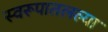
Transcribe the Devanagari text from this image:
स्वरूपातलल्या